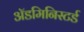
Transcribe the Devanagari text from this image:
ॲडमिनिस्टर्ड